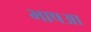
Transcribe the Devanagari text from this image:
भाषआ